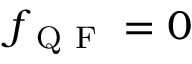
f _ { \mathrm { ~ Q ~ F ~ } } = 0